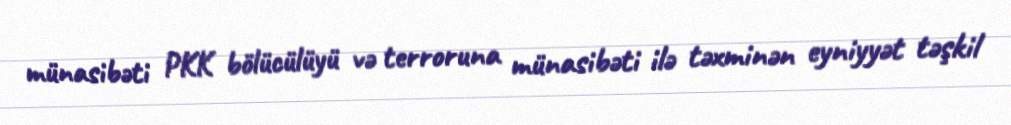
münasibəti PKK bölücülüyü və terroruna münasibəti ilə təxminən eyniyyət təşkil